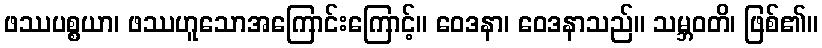
ဖဿပစ္စယာ၊ ဖဿဟူသောအကြောင်းကြောင့်။ ဝေဒနာ၊ ဝေဒနာသည်။ သမ္ဘဝတိ၊ ဖြစ်၏။